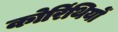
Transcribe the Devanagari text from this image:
कोरिंथियों